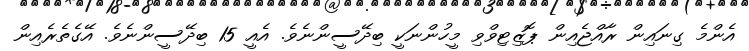
އެންމެ ގިނައިން ރާއްޖެއިން ޕޮޒިޓިވްވި މީހުންނަކީ ބިދޭސީންނެވެ. އެއީ 15 ބިދޭސީންނެވެ. އޭގެތެރެއިން